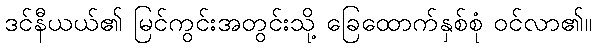
ဒင်နီယယ်၏ မြင်ကွင်းအတွင်းသို့ ခြေထောက်နှစ်စုံ ဝင်လာ၏။